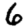
Digit: 6